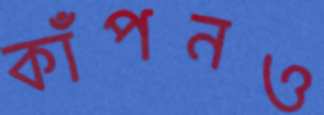
কাঁপনও